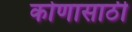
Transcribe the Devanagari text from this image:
कोणासाठी